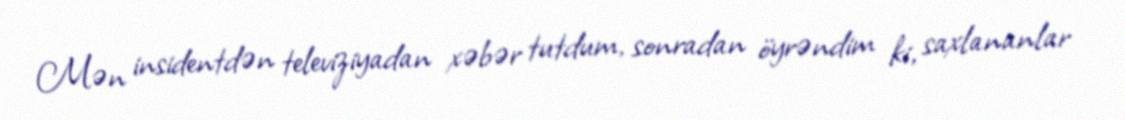
Mən insidentdən televiziyadan xəbər tutdum, sonradan öyrəndim ki, saxlananlar